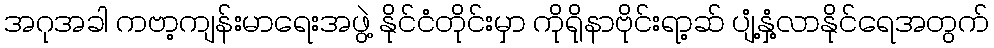
အဂုအခါ ကဗာ့ကျန်းမာရေးအဖွဲ့ နိုင်ငံတိုင်းမှာ ကိုရိုနာဗိုင်းရာ့ဆ် ပျံ့နှံ့လာနိုင်ရေအတွက်